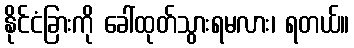
နိုင်ငံခြားကို ခေါ်ထုတ်သွားရမလား၊ ရတယ်။